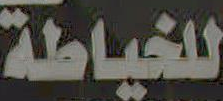
للخياطة